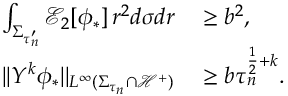
\begin{array} { r l } { \int _ { \Sigma _ { \tau _ { n } ^ { \prime } } } \mathcal { E } _ { 2 } [ \phi _ { * } ] \, r ^ { 2 } d \sigma d r } & { \: \geq b ^ { 2 } , } \\ { | | Y ^ { k } \phi _ { * } | | _ { L ^ { \infty } ( \Sigma _ { \tau _ { n } } \cap \mathcal { H } ^ { + } ) } } & { \: \geq b \tau _ { n } ^ { \frac { 1 } { 2 } + k } . } \end{array}